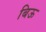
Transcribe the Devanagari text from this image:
बिऊ